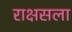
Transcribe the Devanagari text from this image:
राक्षसला